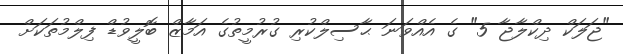
"ޖަލަކް ދިކްލާޖާ 5" ގެ އެއްވަނަ ޙާސިލްކުރި ގުރުމީތުގެ އަމާޒް ބޮލީވުޑް ފިލްމުތަކަށް